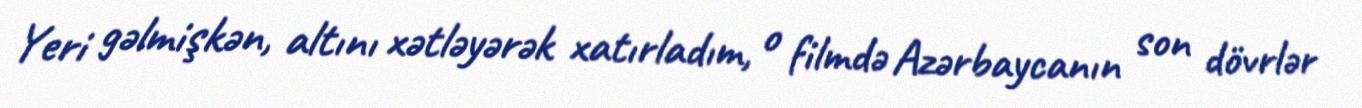
Yeri gəlmişkən, altını xətləyərək xatırladım, o filmdə Azərbaycanın son dövrlər